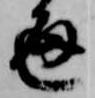
通